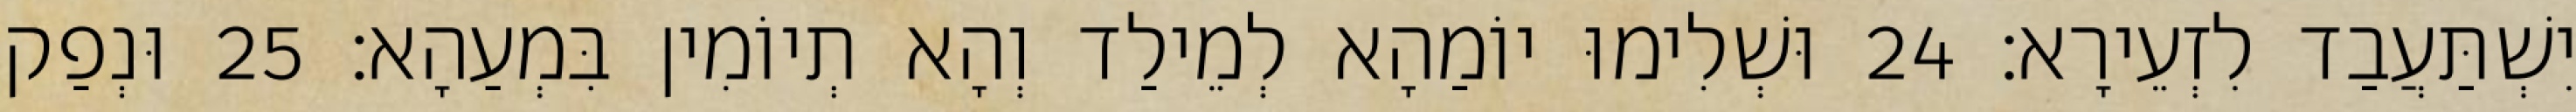
יִשְׁתַּעֲבַד לִזְעֵירָא׃ 24 וּשְׁלִימוּ יוֹמַהָא לְמֵילַד וְהָא תְיוֹמִין בִּמְעַהָא׃ 25 וּנְפַק